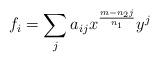
LaTeX: \begin{align*}f_i = \sum_{j}a_{ij}x^{\frac{m-n_2j}{n_1}}y^j\end{align*}